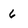
Character: 6